Source: Handwritten
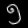
Digit: ၅ (5)